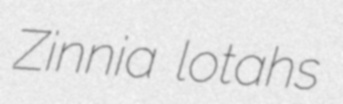
Zinnia lotahs